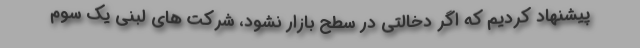
پیشنهاد کردیم که اگر دخالتی در سطح بازار نشود، شرکت های لبنی یک سوم